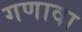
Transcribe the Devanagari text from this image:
गणावा